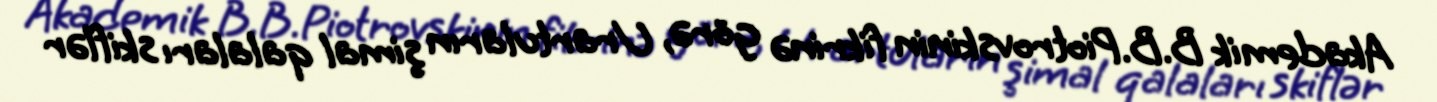
Akademik B.B.Piotrovskinin fikrinə görə, Urartuların şimal qalaları skiflər